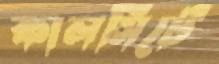
কালসিটে